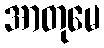
အာတုမေ